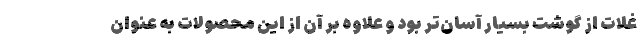
غلات از گوشت بسیار آسان‌تر بود و علاوه بر آن از این محصولات به عنوان